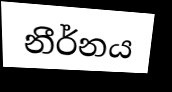
නීර්නය